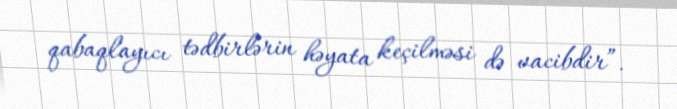
qabaqlayıcı tədbirlərin həyata keçilməsi də vacibdir”.